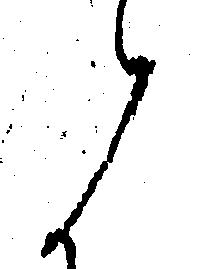
候